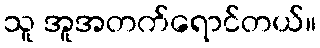
သူ အူအတက်ရောင်တယ်။